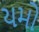
યમો